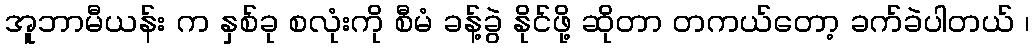
အူဘာမီယန်း က နှစ်ခု စလုံးကို စီမံ ခန့်ခွဲ နိုင်ဖို့ ဆိုတာ တကယ်တော့ ခက်ခဲပါတယ် ၊